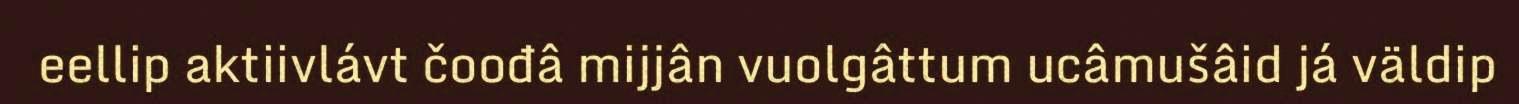
eellip aktiivlávt čoođâ mijjân vuolgâttum ucâmušâid já väldip